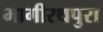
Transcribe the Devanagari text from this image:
भागीरथपुरा